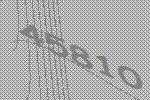
45810